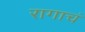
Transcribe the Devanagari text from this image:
रागाचं